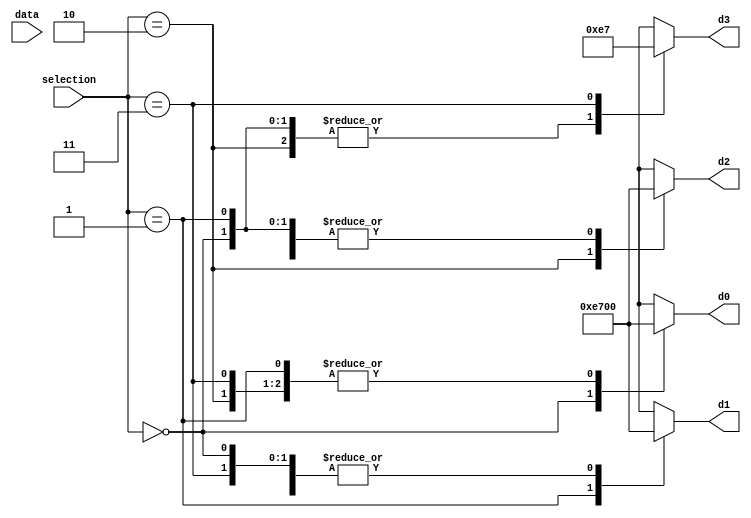
module demux(
    input [7:0] data,
    input [1:0] selection,
    output reg [7:0] d0,
    output reg [7:0] d1,
    output reg [7:0] d2,
    output reg [7:0] d3
);
assign data = 8'b11100111;
always @(selection) 
begin
case (selection)  
	2'b00: begin
		d0=data;
		d1= 8'b0;
		d2= 8'b0;
		d3= 8'b00000000;	
	end	 
	2'b01:begin
		d1=data;
		d0= 8'b0;
		d2= 8'b0;
		d3= 8'b00000000;	
	end	 
	2'b10:begin
		d2=data;
		d1= 8'b00000000;
		d0= 8'b00000000;
		d3= 8'b00000000;
	end	 
	2'b11:begin
		d3=data;
		d1= 8'b00000000;
		d2= 8'b00000000;
		d0= 8'b00000000;
	end	 
endcase
end
endmodule